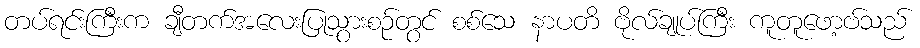
တပ်ရင်းကြီးက ချီတက်အလေးပြုသွားစဉ်တွင် စစ်သေ နာပတိ ဗိုလ်ချုပ်ကြီး ကူတူဖော့ဗ်သည်